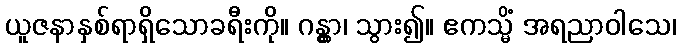
ယူဇနာနှစ်ရာရှိသောခရီးကို။ ဂန္တွာ၊ သွား၍။ ဧကသ္မိံ အရညာဝါသေ၊